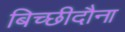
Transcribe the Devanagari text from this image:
बिच्छीदौना